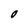
Character: O